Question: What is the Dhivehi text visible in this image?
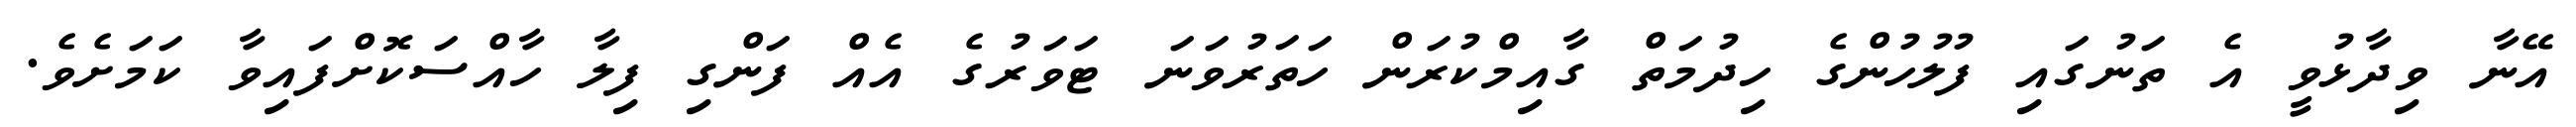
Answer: އޭނާ ވިދާޅުވީ އެ ތަނުގައި ފުލުހުންގެ ހިދުމަތް ގާއިމްކުރަން ހަތަރުވަނަ ޓަވަރުގެ އެއް ފަންގި ފިލާ ހާއްސަކޮށްފައިވާ ކަމަށެވެ.